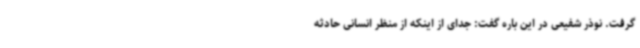
گرفت. نوذر شفیعی در این باره گفت: جدای از اینکه از منظر انسانی حادثه